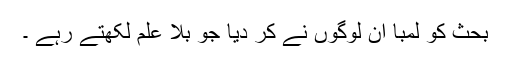
بحث کو لمبا ان لوگوں نے کر دیا جو بلا علم لکھتے رہے ۔